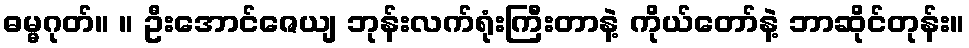
ဓမ္မဂုတ်။ ။ ဦးအောင်ဇေယျ ဘုန်းလက်ရုံးကြီးတာနဲ့ ကိုယ်တော်နဲ့ ဘာဆိုင်တုန်း။